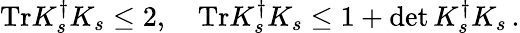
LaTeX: \mathrm{Tr}K_{s}^{\dagger}K_{s}\leq 2,\quad\mathrm{Tr}K_{s}^{\dagger}K_{s}\leq 1+\operatorname*{det}K_{s}^{\dagger}K_{s}\, .